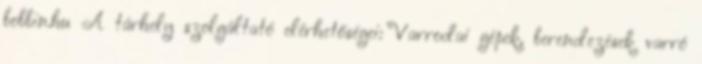
bobbin.hu A tárhely szolgáltató elérhetőségei: Varrodai gépek, berendezések varró